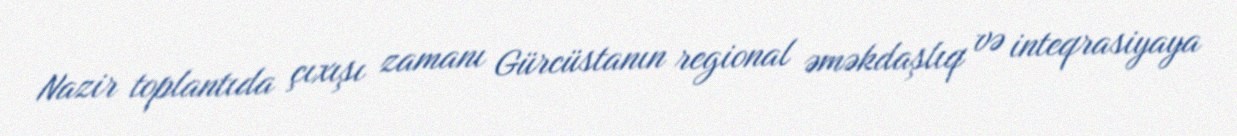
Nazir toplantıda çıxışı zamanı Gürcüstanın regional əməkdaşlıq və inteqrasiyaya